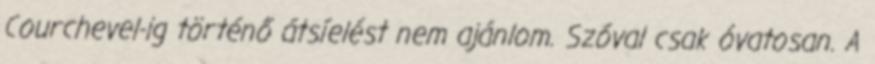
Courchevel-ig történő átsíelést nem ajánlom. Szóval csak óvatosan. A